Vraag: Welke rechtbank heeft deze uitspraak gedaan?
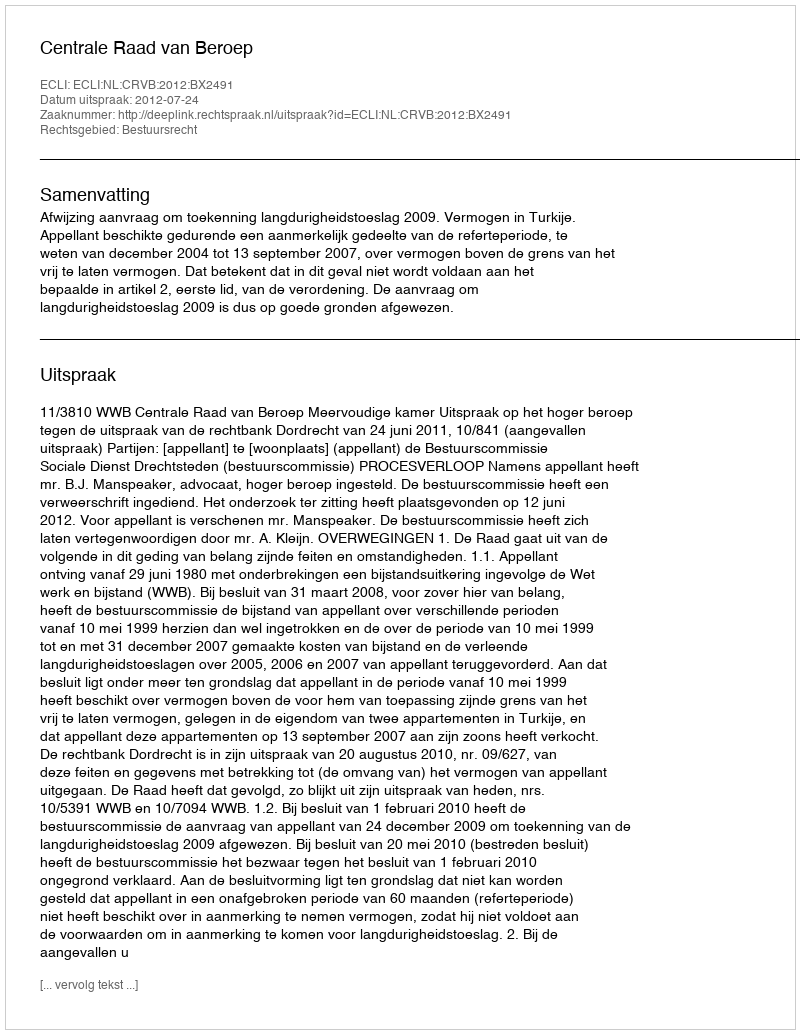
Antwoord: Centrale Raad van Beroep